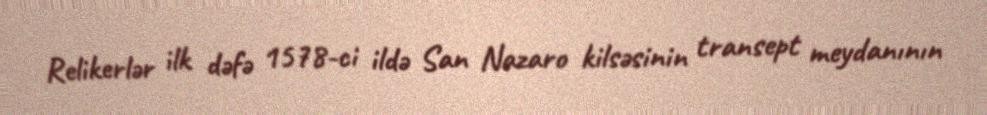
Relikerlər ilk dəfə 1578-ci ildə San Nazaro kilsəsinin transept meydanının